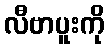
လီဗာပူးကို